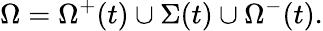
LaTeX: \Omega=\Omega^{+}(t)\cup\Sigma(t)\cup\Omega^{-}(t).